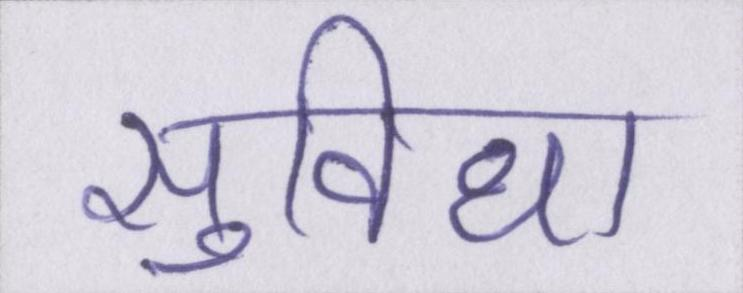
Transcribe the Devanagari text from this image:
सुविधा